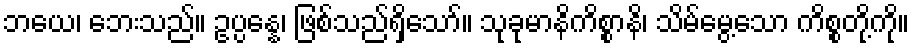
ဘယေ၊ ဘေးသည်။ ဥပ္ပန္နေ၊ ဖြစ်သည်ရှိသော်။ သုခုမာနိကိစ္စာနိ၊ သိမ်မွေ့သော ကိစ္စတို့ကို။